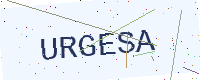
Text: URGESA